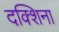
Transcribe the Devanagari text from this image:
दक्शिना